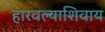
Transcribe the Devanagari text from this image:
हारवल्याशिवाय